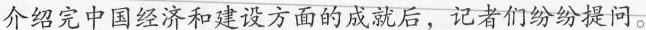
介绍完中国经济和建设方面的成就后，记者们纷纷提问。